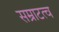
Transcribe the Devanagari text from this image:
सम्राटत्व